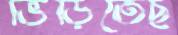
ভিড়িতেছ